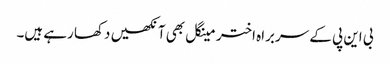
بی این پی کے سربراہ اختر مینگل بھی آنکھیں دکھا رہے ہیں۔